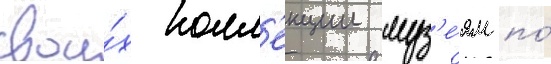
свои́х колл'екции муз'е́ям по́